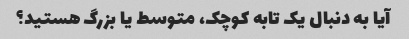
آیا به دنبال یک تابه کوچک، متوسط ​​یا بزرگ هستید؟